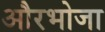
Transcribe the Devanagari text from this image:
औरभोजा